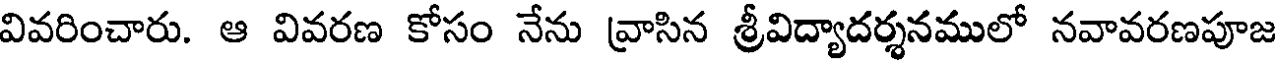
వివరించారు. ఆ వివరణ కోసం నేను వ్రాసిన శ్రీవిద్యాదర్శనములో నవావరణపూజ